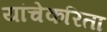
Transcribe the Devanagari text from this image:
यांचेकरिता